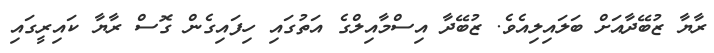
ރާޔާ ޒުބޭދާއަށް ބަލައިލިއެވެ. ޒުބޭދާ އިސްމާއިލްގެ އަތުގައި ހިފައިގެން ގޮސް ރާޔާ ކައިރީގައި